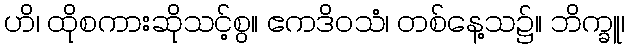
ဟိ၊ ထိုစကားဆိုသင့်စွ။ ဧကဒိဝသံ၊ တစ်နေ့သ၌။ ဘိက္ခူ၊